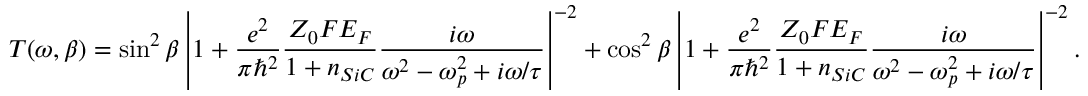
T ( \omega , \beta ) = \sin ^ { 2 } \beta \left| 1 + \frac { e ^ { 2 } } { \pi \hbar ^ { 2 } } \frac { Z _ { 0 } F E _ { F } } { 1 + n _ { S i C } } \frac { i \omega } { \omega ^ { 2 } - \omega _ { p } ^ { 2 } + i \omega / \tau } \right| ^ { - 2 } + \cos ^ { 2 } \beta \left| 1 + \frac { e ^ { 2 } } { \pi \hbar ^ { 2 } } \frac { Z _ { 0 } F E _ { F } } { 1 + n _ { S i C } } \frac { i \omega } { \omega ^ { 2 } - \omega _ { p } ^ { 2 } + i \omega / \tau } \right| ^ { - 2 } .